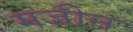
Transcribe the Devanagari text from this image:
मज़ीन